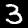
Label: 3